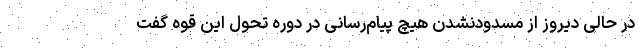
در حالی دیروز از مسدودنشدن هیچ پیام‌رسانی در دوره تحول این قوه گفت